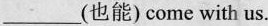
_________(也能)come with us.